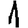
Digit: 1